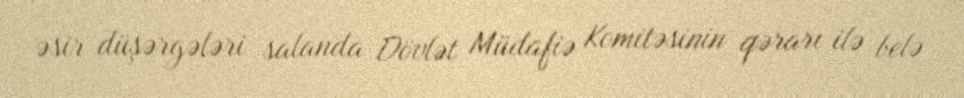
əsir düşərgələri salanda Dövlət Müdafiə Komitəsinin qərarı ilə belə